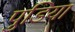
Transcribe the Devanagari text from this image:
पुडिया